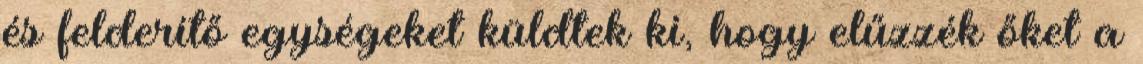
és felderítő egységeket küldtek ki, hogy elűzzék őket a